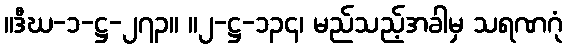
။ဒီဃ-၁-ဋ္ဌ-၂၇၃။ ။၂-ဋ္ဌ-၁၃၄၊ မည်သည့်အခါမှ သရဏဂုံ